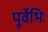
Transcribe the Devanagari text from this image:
पूर्वेभिः